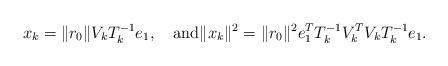
LaTeX: \begin{align*}x_{k}=\|r_{0}\|V_{k}T_{k}^{-1}e_{1},\quad\mbox{and} \|x_{k}\|^{2}=\|r_{0}\|^{2}e_{1}^{T}T_{k}^{-1}V_{k}^{T}V_{k}T_{k}^{-1}e_{1}.\end{align*}